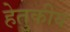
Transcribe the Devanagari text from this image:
हेतुकीय